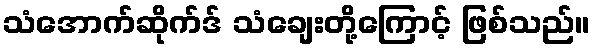
သံအောက်ဆိုက်ဒ် သံချေးတို့ကြောင့် ဖြစ်သည်။